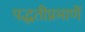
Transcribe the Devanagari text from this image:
पद्धतीप्रमाणें